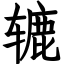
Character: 辘